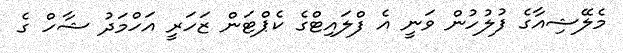
މެލޭޝިއާގެ ފުލުހުން ވަނީ އެ ފްލައިޓްގެ ކެޕްޓަން ޒަހަރީ އަހްމަދު ޝާހް ގެ